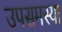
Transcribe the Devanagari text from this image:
उपसमस्या